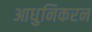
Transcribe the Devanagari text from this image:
आधुनिकरन